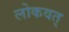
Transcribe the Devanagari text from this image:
लोकवत्